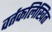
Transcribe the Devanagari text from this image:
वर्तकलिखित